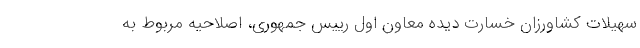
سهیلات کشاورزان خسارت دیده معاون اول رییس جمهوری، اصلاحیه مربوط به